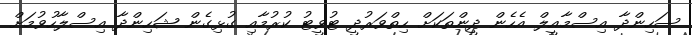
ސަހިންދާ އިސްމާއީލް އެހެން ދީންތަކަށް ހިތްވަރުދީ ޓުވީޓު ކުރުމާއި ގުޅިގެން ޝަހިންދާ އިސްލާހުވުމަށް